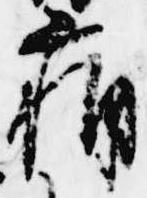
痛